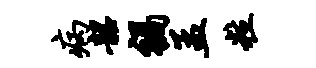
病韶祸孟粒